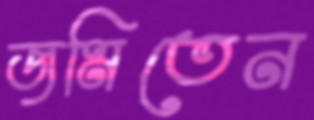
জমিতেন